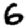
Digit: 6